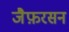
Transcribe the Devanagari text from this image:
जैफ़रसन